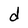
Character: d